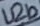
Text: U2b